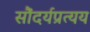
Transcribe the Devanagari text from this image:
सौंदर्यप्रत्यय